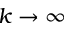
k \rightarrow \infty